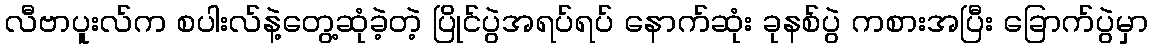
လီဗာပူးလ်က စပါးလ်နဲ့တွေ့ဆုံခဲ့တဲ့ ပြိုင်ပွဲအရပ်ရပ် နောက်ဆုံး ခုနစ်ပွဲ ကစားအပြီး ခြောက်ပွဲမှာ